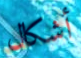
أشكال